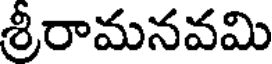
శ్రీరామనవమి